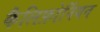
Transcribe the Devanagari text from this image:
कैलिफ़ोर्नियन